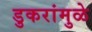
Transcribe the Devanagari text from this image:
डुकरांमुळे